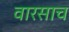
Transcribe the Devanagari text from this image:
वारसाच